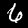
Digit: 6